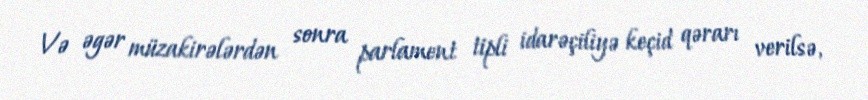
Və əgər müzakirələrdən sonra parlament tipli idarəçiliyə keçid qərarı verilsə,